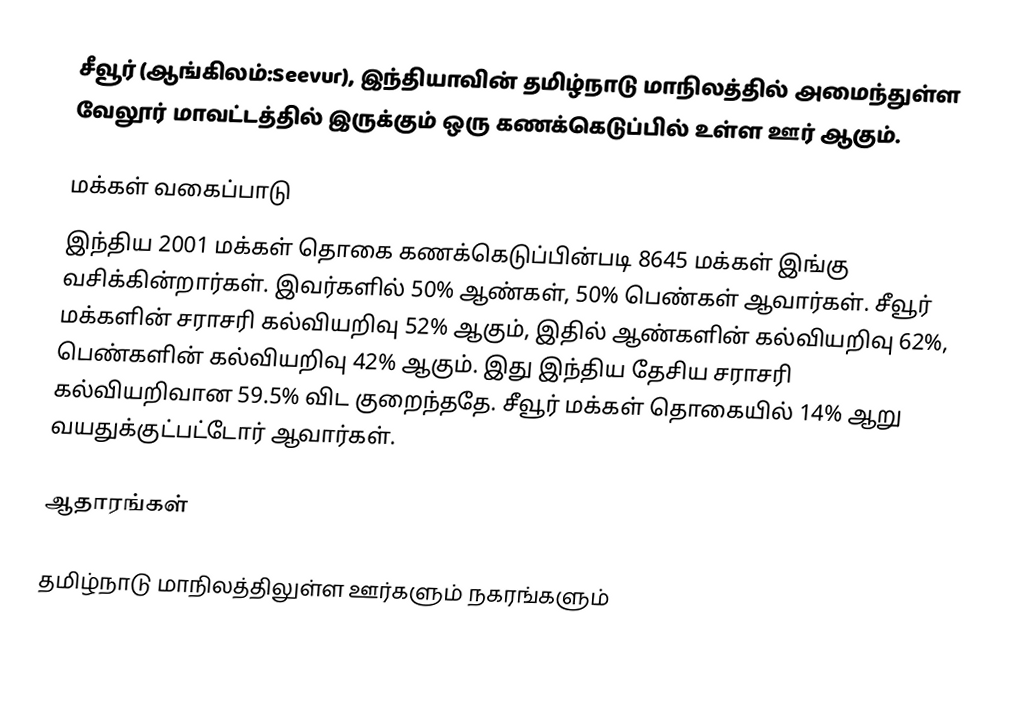
சீவூர் (ஆங்கிலம்:Seevur), இந்தியாவின் தமிழ்நாடு மாநிலத்தில் அமைந்துள்ள வேலூர் மாவட்டத்தில் இருக்கும் ஒரு கணக்கெடுப்பில் உள்ள ஊர்  ஆகும்.

மக்கள் வகைப்பாடு
இந்திய 2001 மக்கள் தொகை கணக்கெடுப்பின்படி 8645 மக்கள் இங்கு வசிக்கின்றார்கள். இவர்களில் 50% ஆண்கள், 50% பெண்கள் ஆவார்கள். சீவூர் மக்களின் சராசரி கல்வியறிவு 52% ஆகும்,  இதில் ஆண்களின் கல்வியறிவு 62%,  பெண்களின் கல்வியறிவு 42% ஆகும். இது இந்திய தேசிய சராசரி கல்வியறிவான 59.5% விட குறைந்ததே. சீவூர் மக்கள் தொகையில் 14%  ஆறு வயதுக்குட்பட்டோர் ஆவார்கள்.

ஆதாரங்கள்

தமிழ்நாடு மாநிலத்திலுள்ள ஊர்களும் நகரங்களும்